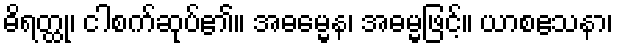
ဓိရတ္ထု၊ ငါစက်ဆုပ်၏။ အဓမ္မေန၊ အဓမ္မဖြင့်။ ယာစဧသနာ၊